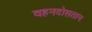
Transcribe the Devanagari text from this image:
वहनदोसतान